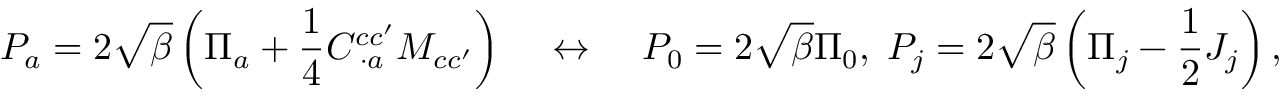
P _ { a } = 2 \sqrt { \beta } \left( \Pi _ { a } + \frac { 1 } { 4 } C _ { \; \cdot a } ^ { c c ^ { \prime } } M _ { c c ^ { \prime } } \right) \; \; \; \; \leftrightarrow \; \; \; \; P _ { 0 } = 2 \sqrt { \beta } \Pi _ { 0 } , \; P _ { j } = 2 \sqrt { \beta } \left( \Pi _ { j } - \frac { 1 } { 2 } J _ { j } \right) ,